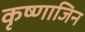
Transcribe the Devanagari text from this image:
कृष्णाजिन